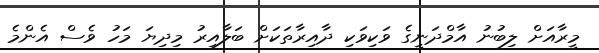
މީރާއަށް ލިބުނު އާމްދަނީގެ ވަކިވަކި ދާއިރާތަކަށް ބަލާއިރު މިދިޔަ މަހު ވެސް އެންމެ